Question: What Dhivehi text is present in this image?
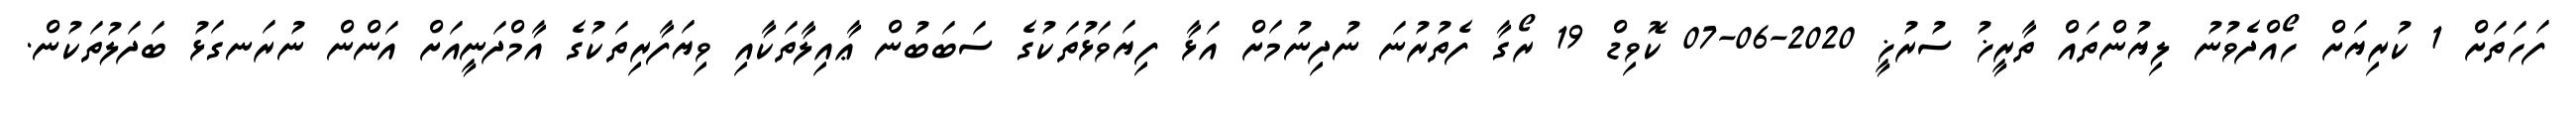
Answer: ފަހަތަށް 1 ކުރިޔަށް ހޯއްދެވުނު ލިޔުންތައް ތާރީޚު ސުރުޚީ 2020-06-07 ކޮވިޑް 19 ރޯގާ ފެތުރުނަ ނުދިނުމަށް އަޅާ ފިޔަވަޅުތަކުގެ ސަބަބުން ޢާއިލާތަކާއި ވިޔަފާރިތަކުގެ އާމްދަނީއަށް އަންން ނުރަނގަޅު ބަދަލުތަކުން.